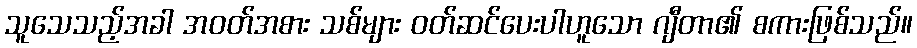
သူသေသည့်အခါ အဝတ်အစား သစ်များ ဝတ်ဆင်ပေးပါဟူသော ဂျီတာ၏ စကားဖြစ်သည်။